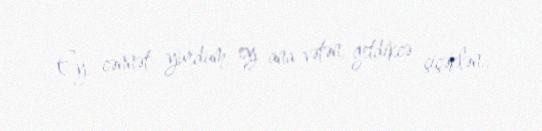
Ey cənnət yurdum, ey ana vətən, getdikcə çiçəklən..